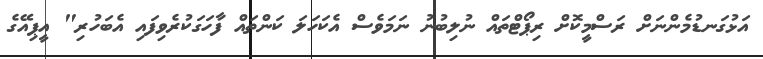
އަޅުގަނޑުމެންނަށް ރަސްމީކޮށް ރިޕޯޓްތައް ނުލިބުނު ނަމަވެސް އެކަހަލަ ކަންތައް ފާހަގަކުރެވިފައި އެބަހުރި" އީޕިއޭގެ